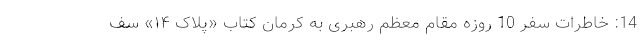
14: خاطرات سفر 10 روزه مقام معظم رهبری به کرمان کتاب «پلاک ۱۴» سف